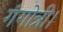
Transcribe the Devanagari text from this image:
गंगोत्री।